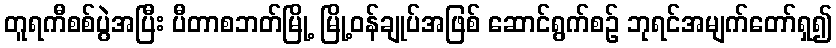
တူရကီစစ်ပွဲအပြီး ပီတာစဘတ်မြို့ မြို့ဝန်ချုပ်အဖြစ် ဆောင်ရွက်စဉ် ဘုရင်အမျက်တော်ရှ၍